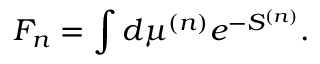
{ \cal F } _ { n } = \int d \mu ^ { ( n ) } e ^ { - S ^ { ( n ) } } .